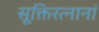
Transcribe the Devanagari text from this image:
सूक्तिरत्नानां